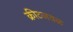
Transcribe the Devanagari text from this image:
क्रीटजवळ